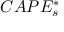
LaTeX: C A P E _ { s } ^ { * }